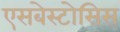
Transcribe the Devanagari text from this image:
एसबेस्टोसिस